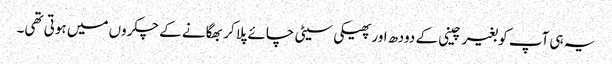
یہ ہی آپ کو بغیر چینی کے دودھ اور پھیکی سیٹی چائے پلا کر بھگانے کے چکروں میں ہوتی تھی۔